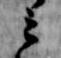
云